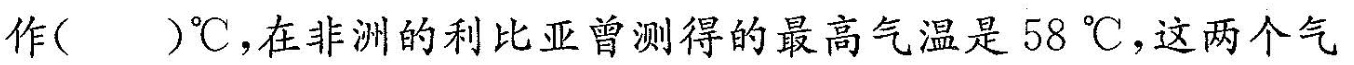
作()℃，在非洲的利比亚曾测得的最高气温是58℃，这两个气